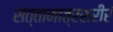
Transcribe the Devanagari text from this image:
सत्तामात्रशरीरं